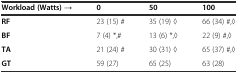
| Workload (Watts) → | 0 | 50 | 100 |
 | --- | --- | --- | --- |
 | RF | 23 (15) # | 35 (19) ◊ | 66 (34) #,◊ |
 | BF | 7 (4) *,# | 13 (6) *,◊ | 22 (9) #,◊ |
 | TA | 21 (24) # | 30 (31) ◊ | 65 (37) #,◊ |
 | GT | 59 (27) | 65 (25) | 63 (28) |